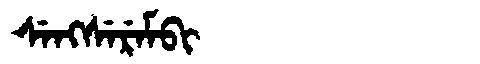
Manchu: ᠰᡝᠩᠰᡝᡵᡝᠮᠪᡳ
Romanization: SENGSEREMBI